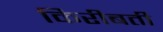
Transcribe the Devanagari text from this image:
किरीबती